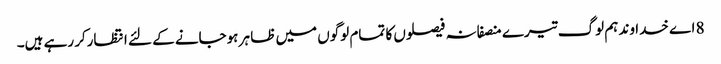
8 اے خدا وند ہم لوگ تیرے منصفانہ فیصلوں کا تمام لوگوں میں ظا ہر ہوجانے کے لئے انتظارکر رہے ہیں۔